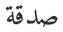
صدقة